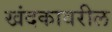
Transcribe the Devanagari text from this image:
खंदकावरील